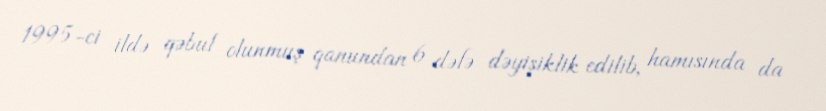
1995-ci ildə qəbul olunmuş qanundan 6 dəfə dəyişiklik edilib, hamısında da